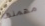
مهمتها